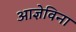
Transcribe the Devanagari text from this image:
आज्ञेविना